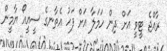
ރާއްޖެ ޓީވީ އަށް ދިން ހަމަލާ އަށް ފަހު އެތާނގެ ސީއީއޯ ޔާމީން